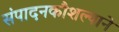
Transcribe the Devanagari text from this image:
संपादनकौशल्याने